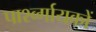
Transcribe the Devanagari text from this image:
पार्श्व्गायकों